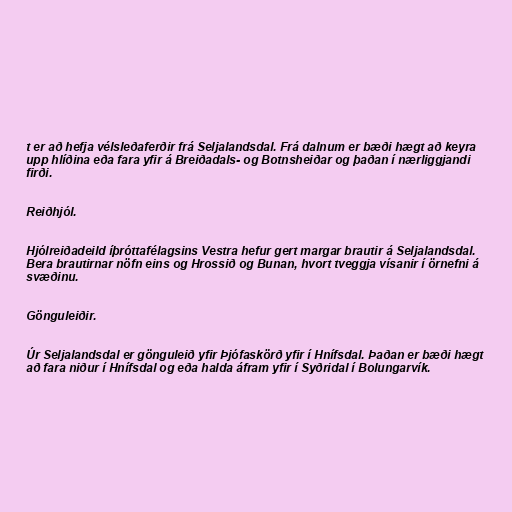
t er að hefja vélsleðaferðir frá Seljalandsdal. Frá dalnum er bæði hægt að keyra
upp hlíðina eða fara yfir á Breiðadals- og Botnsheiðar og þaðan í nærliggjandi
firði.

Reiðhjól.

Hjólreiðadeild íþróttafélagsins Vestra hefur gert margar brautir á Seljalandsdal.
Bera brautirnar nöfn eins og Hrossið og Bunan, hvort tveggja vísanir í örnefni á
svæðinu.

Gönguleiðir.

Úr Seljalandsdal er gönguleið yfir Þjófaskörð yfir í Hnífsdal. Þaðan er bæði hægt
að fara niður í Hnífsdal og eða halda áfram yfir í Syðridal í Bolungarvík.